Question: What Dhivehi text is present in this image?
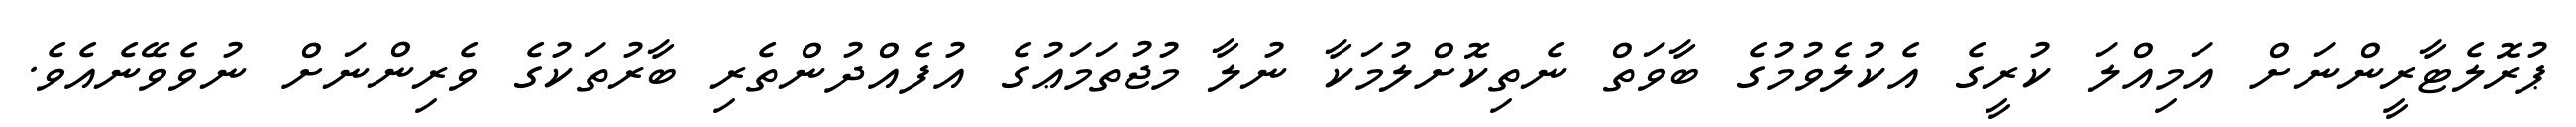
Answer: ޕުރޮލެޓާރީންނަށް އަމިއްލަ ކުރީގެ އެކުލެވުމުގެ ބާވަތް ނެތިކޮށްލުމަކާ ނުލާ މުޖުތަމަޢުގެ އުފެއްދުންތެރި ބާރުތަކުގެ ވެރިންނަށް ނުވެވޭނެއެވެ.